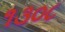
૧૩૦૮